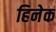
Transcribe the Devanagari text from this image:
हिनेक